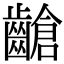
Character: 𪙎